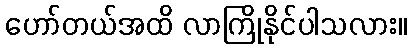
ဟော်တယ်အထိ လာကြိုနိုင်ပါသလား။